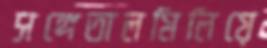
সঙ্গেতালমিলিয়ে